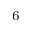
_ 6